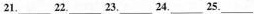
21.___22.___23.___24.___25.___